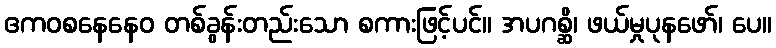
ဧကဝစနေနေဝ တစ်ခွန်းတည်းသော စကားဖြင့်ပင်။ အပဂစ္ဆိ၊ ဖယ်မှုပုနဖော်၊ ပေ။